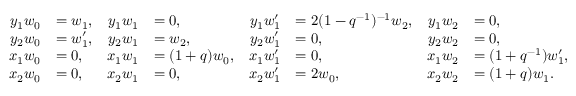
\begin{array} { r l r l r l r l } { y _ { 1 } w _ { 0 } } & { = w _ { 1 } , } & { y _ { 1 } w _ { 1 } } & { = 0 , } & { y _ { 1 } w _ { 1 } ^ { \prime } } & { = 2 ( 1 - q ^ { - 1 } ) ^ { - 1 } w _ { 2 } , } & { y _ { 1 } w _ { 2 } } & { = 0 , } \\ { y _ { 2 } w _ { 0 } } & { = w _ { 1 } ^ { \prime } , } & { y _ { 2 } w _ { 1 } } & { = w _ { 2 } , } & { y _ { 2 } w _ { 1 } ^ { \prime } } & { = 0 , } & { y _ { 2 } w _ { 2 } } & { = 0 , } \\ { x _ { 1 } w _ { 0 } } & { = 0 , } & { x _ { 1 } w _ { 1 } } & { = ( 1 + q ) w _ { 0 } , } & { x _ { 1 } w _ { 1 } ^ { \prime } } & { = 0 , } & { x _ { 1 } w _ { 2 } } & { = ( 1 + q ^ { - 1 } ) w _ { 1 } ^ { \prime } , } \\ { x _ { 2 } w _ { 0 } } & { = 0 , } & { x _ { 2 } w _ { 1 } } & { = 0 , } & { x _ { 2 } w _ { 1 } ^ { \prime } } & { = 2 w _ { 0 } , } & { x _ { 2 } w _ { 2 } } & { = ( 1 + q ) w _ { 1 } . } \end{array}